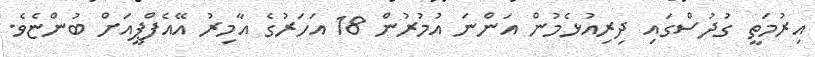
އިރުމަތީ ގުދުސްގައި ދިރިއުޅެމުން އަންނަ އުމުރުން 18 އަހަރުގެ އާމިރު އޭއެފްޕީއަށް ބުންޏެވެ.